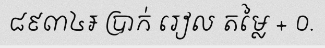
៨៩៣៤៛ ប្រាក់ រៀល តម្លៃ + ០.